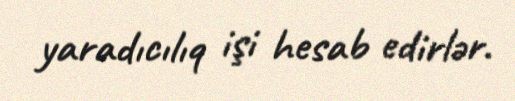
yaradıcılıq işi hesab edirlər.